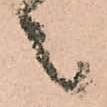
々